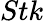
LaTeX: {Stk}